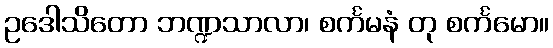
ဥဒေါသိတော ဘဏ္ဍသာလာ၊ စင်္ကမနံ တု စင်္ကမော။